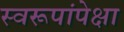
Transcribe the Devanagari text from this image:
स्वरूपांपेक्षा